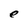
Character: e